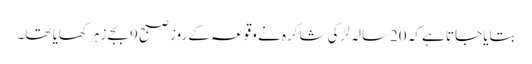
بتایا جاتا ہے کہ 20سالہ لڑکی شاکرہ نے وقوعہ کے روز صبح 9بجے زہر کھایا تھا۔